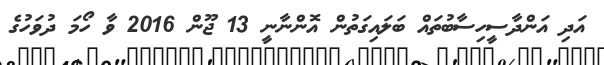
އަދި އަންދާސީހިސާބުތައް ބަލައިގަތުން އޮންނާނީ 13 ޖޫން 2016 ވާ ހޯމަ ދުވަހުގެ